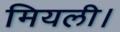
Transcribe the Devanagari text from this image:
मियली।